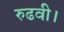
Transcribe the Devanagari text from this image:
रुढवी।